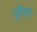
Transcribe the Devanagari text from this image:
पुधिया